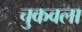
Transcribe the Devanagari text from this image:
चुकवला